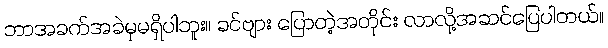
ဘာအခက်အခဲမှမရှိပါဘူး။ ခင်ဗျား ပြောတဲ့အတိုင်း လာလို့အဆင်ပြေပါတယ်။